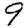
Digit: 9